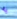
به